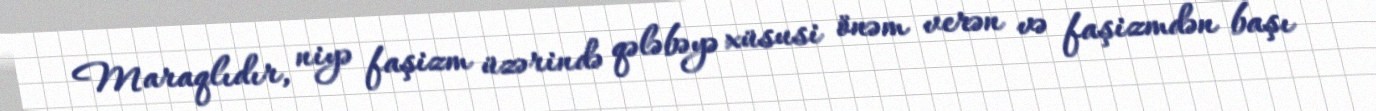
Maraqlıdır, niyə faşizm üzərində qələbəyə xüsusi önəm verən və faşizmdən başı